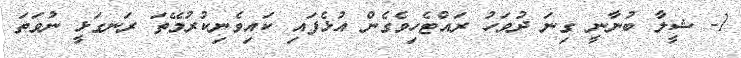
1- ޝީލާ ބުނާނީ ގިނަ ދުވަހު ރައްޓެހިވެގެން އުޅެފައި ކައިވެނިކުރުމޭތަ ރަނގަޅީ ނުވަތަ